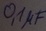
Text: 0,1µF